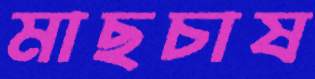
মাছচাষ